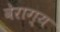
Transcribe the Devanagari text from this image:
वेराग्य